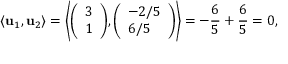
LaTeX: \langle \mathbf { u } _ { 1 } , \mathbf { u } _ { 2 } \rangle = \left\langle { \left( \begin{array} { l } { 3 } \\ { 1 } \end{array} \right) } , { \left( \begin{array} { l } { - 2 / 5 } \\ { 6 / 5 } \end{array} \right) } \right\rangle = - { \frac { 6 } { 5 } } + { \frac { 6 } { 5 } } = 0 ,